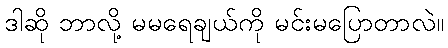
ဒါဆို ဘာလို့ မမရေချယ်ကို မင်းမပြောတာလဲ။